Leaving Certificate, 1899
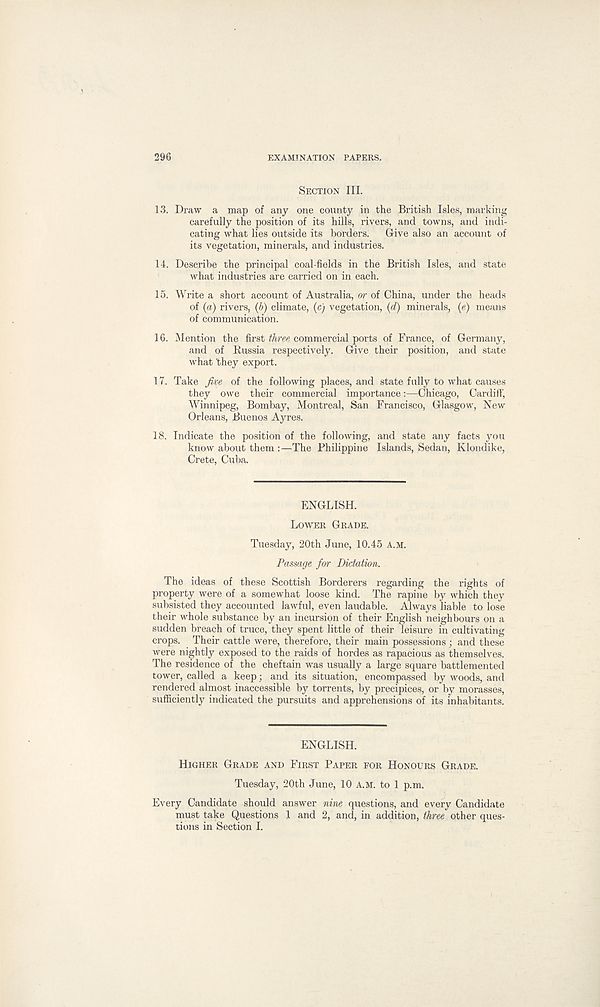
296
EXAMINATION PAPERS.
SECTION III.
13. Draw a map of any one county in the British Isles, marking
carefully the position of its hills, rivers, and towns, and indi-
cating what lies outside its borders.
Give also an account of
its vegetation, minerals, and industries.
14. Describe the principal coal-fields in the British Isles, and state
what industries are carried on in each.
15. Write a short account of Australia, or of China, under the heads
of {a) rivers, (b) climate, (c) vegetation, (d) minerals, (e) means
of communication.
16. Mention the first three commercial ports of France, of Germany,
and of Russia respectively. Give their position, and state
what 'they export.
17. Take five of the following places, and state fully to what causes
they owe their commercial importance:—Chicago, Cardiff,
Winnipeg, Bombay, Montreal, San Francisco, Glasgow, New
Orleans, Buenos Ayres.
18. Indicate the position of the following, and state any facts you
know about them :—The Philippine Islands, Sedan, Klondike,
Crete, Cuba.
ENGLISH.
LOWER GRADE.
Tuesday, 20th June, 10.45 A.M.
Passage for Dictation.
The ideas of these Scottish Borderers regarding the rights of
property were of a somewhat loose kind. The rapine by which they
subsisted they accounted lawful, even laudable. Always liable to lose
their whole substance by an incursion of their English neighbours on a
sudden breach of truce, they spent little of their leisure in cultivating
crops. Their cattle were, therefore, their main possessions ; and these
were nightly exposed to the raids of hordes as rapacious as themselves.
The residence of the cheftain was usually a large square battlemented
tower, called a keep; and its situation, encompassed by woods, and
rendered almost inaccessible by torrents, by precipices, or by morasses,
sufficiently indicated the pursuits and apprehensions of its inhabitants.
ENGLISH.
HIGHER GRADE AND FIRST PAPER FOR HONOURS GRADE.
Tuesday, 20th June, 10 A.M. to 1 p.m.
Every Candidate should answer nine questions, and every Candidate
must take Questions 1 and 2, and, in addition, three other ques-
tions in Section I.